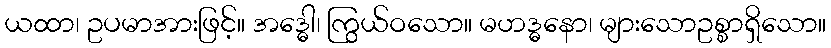
ယထာ၊ ဥပမာအားဖြင့်။ အဒ္ဓေါ၊ ကြွယ်ဝသော။ မဟဒ္ဓနော၊ များသောဥစ္စာရှိသော။